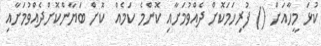
ކުޅަ މީހާއަށް () ފުރިހަމަކޮށް ދެއްވުމަށާއި ކޮންމެ ކަމެއް  ކޮށް ބަޔާންކޮށްދެއްވުމަށާއި